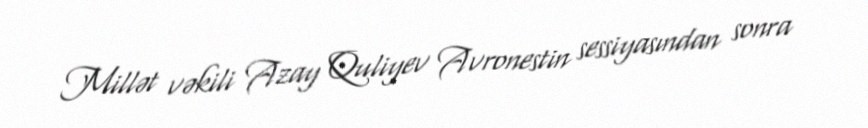
Millət vəkili Azay Quliyev Avronestin sessiyasından sonra